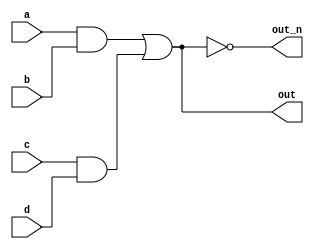


// `default_nettype none


module top_module(
    input a,
    input b,
    input c,
    input d,
    output out,
    output out_n   ); 

    wire a1, a2;

    assign a1 = a & b;
    assign a2 = c & d;

    assign out = a1 | a2;
    assign out_n = ~out;




endmodule